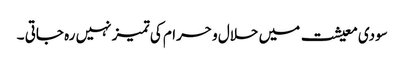
سودی معیشت میں حلال و حرام کی تمیز نہیں رہ جاتی ۔